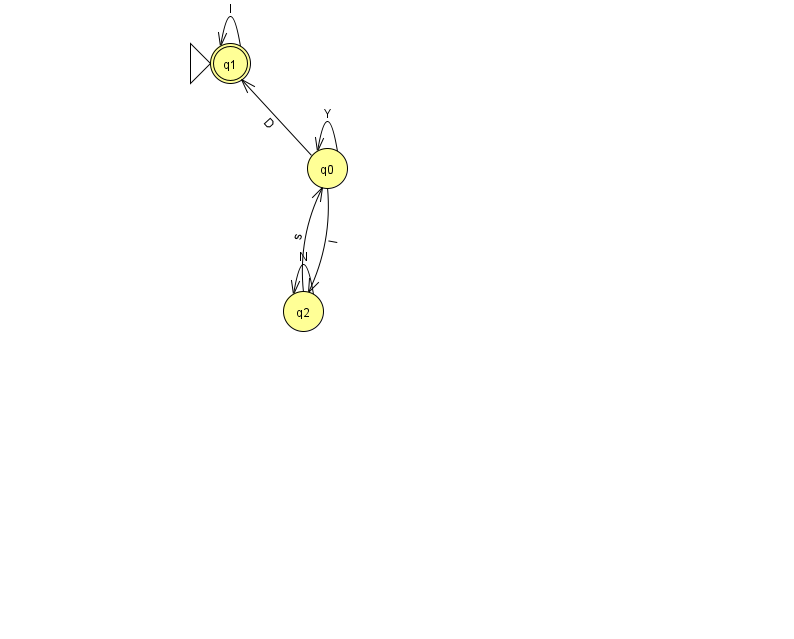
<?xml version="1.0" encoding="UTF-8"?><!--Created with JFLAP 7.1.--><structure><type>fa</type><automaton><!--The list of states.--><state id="0" name="q0"><x>327.0</x><y>155.0</y></state><state id="1" name="q1"><x>230.0</x><y>50.0</y><initial/><final/></state><state id="2" name="q2"><x>303.0</x><y>298.0</y></state><!--The list of transitions.--><transition><from>2</from><to>0</to><read>s</read></transition><transition><from>0</from><to>0</to><read>Y</read></transition><transition><from>1</from><to>1</to><read>l</read></transition><transition><from>0</from><to>1</to><read>D</read></transition><transition><from>0</from><to>2</to><read>l</read></transition><transition><from>2</from><to>2</to><read>N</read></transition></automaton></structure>